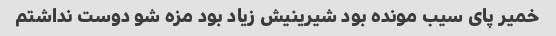
خمیر پای سیب مونده بود شیرینیش زیاد بود مزه شو دوست نداشتم